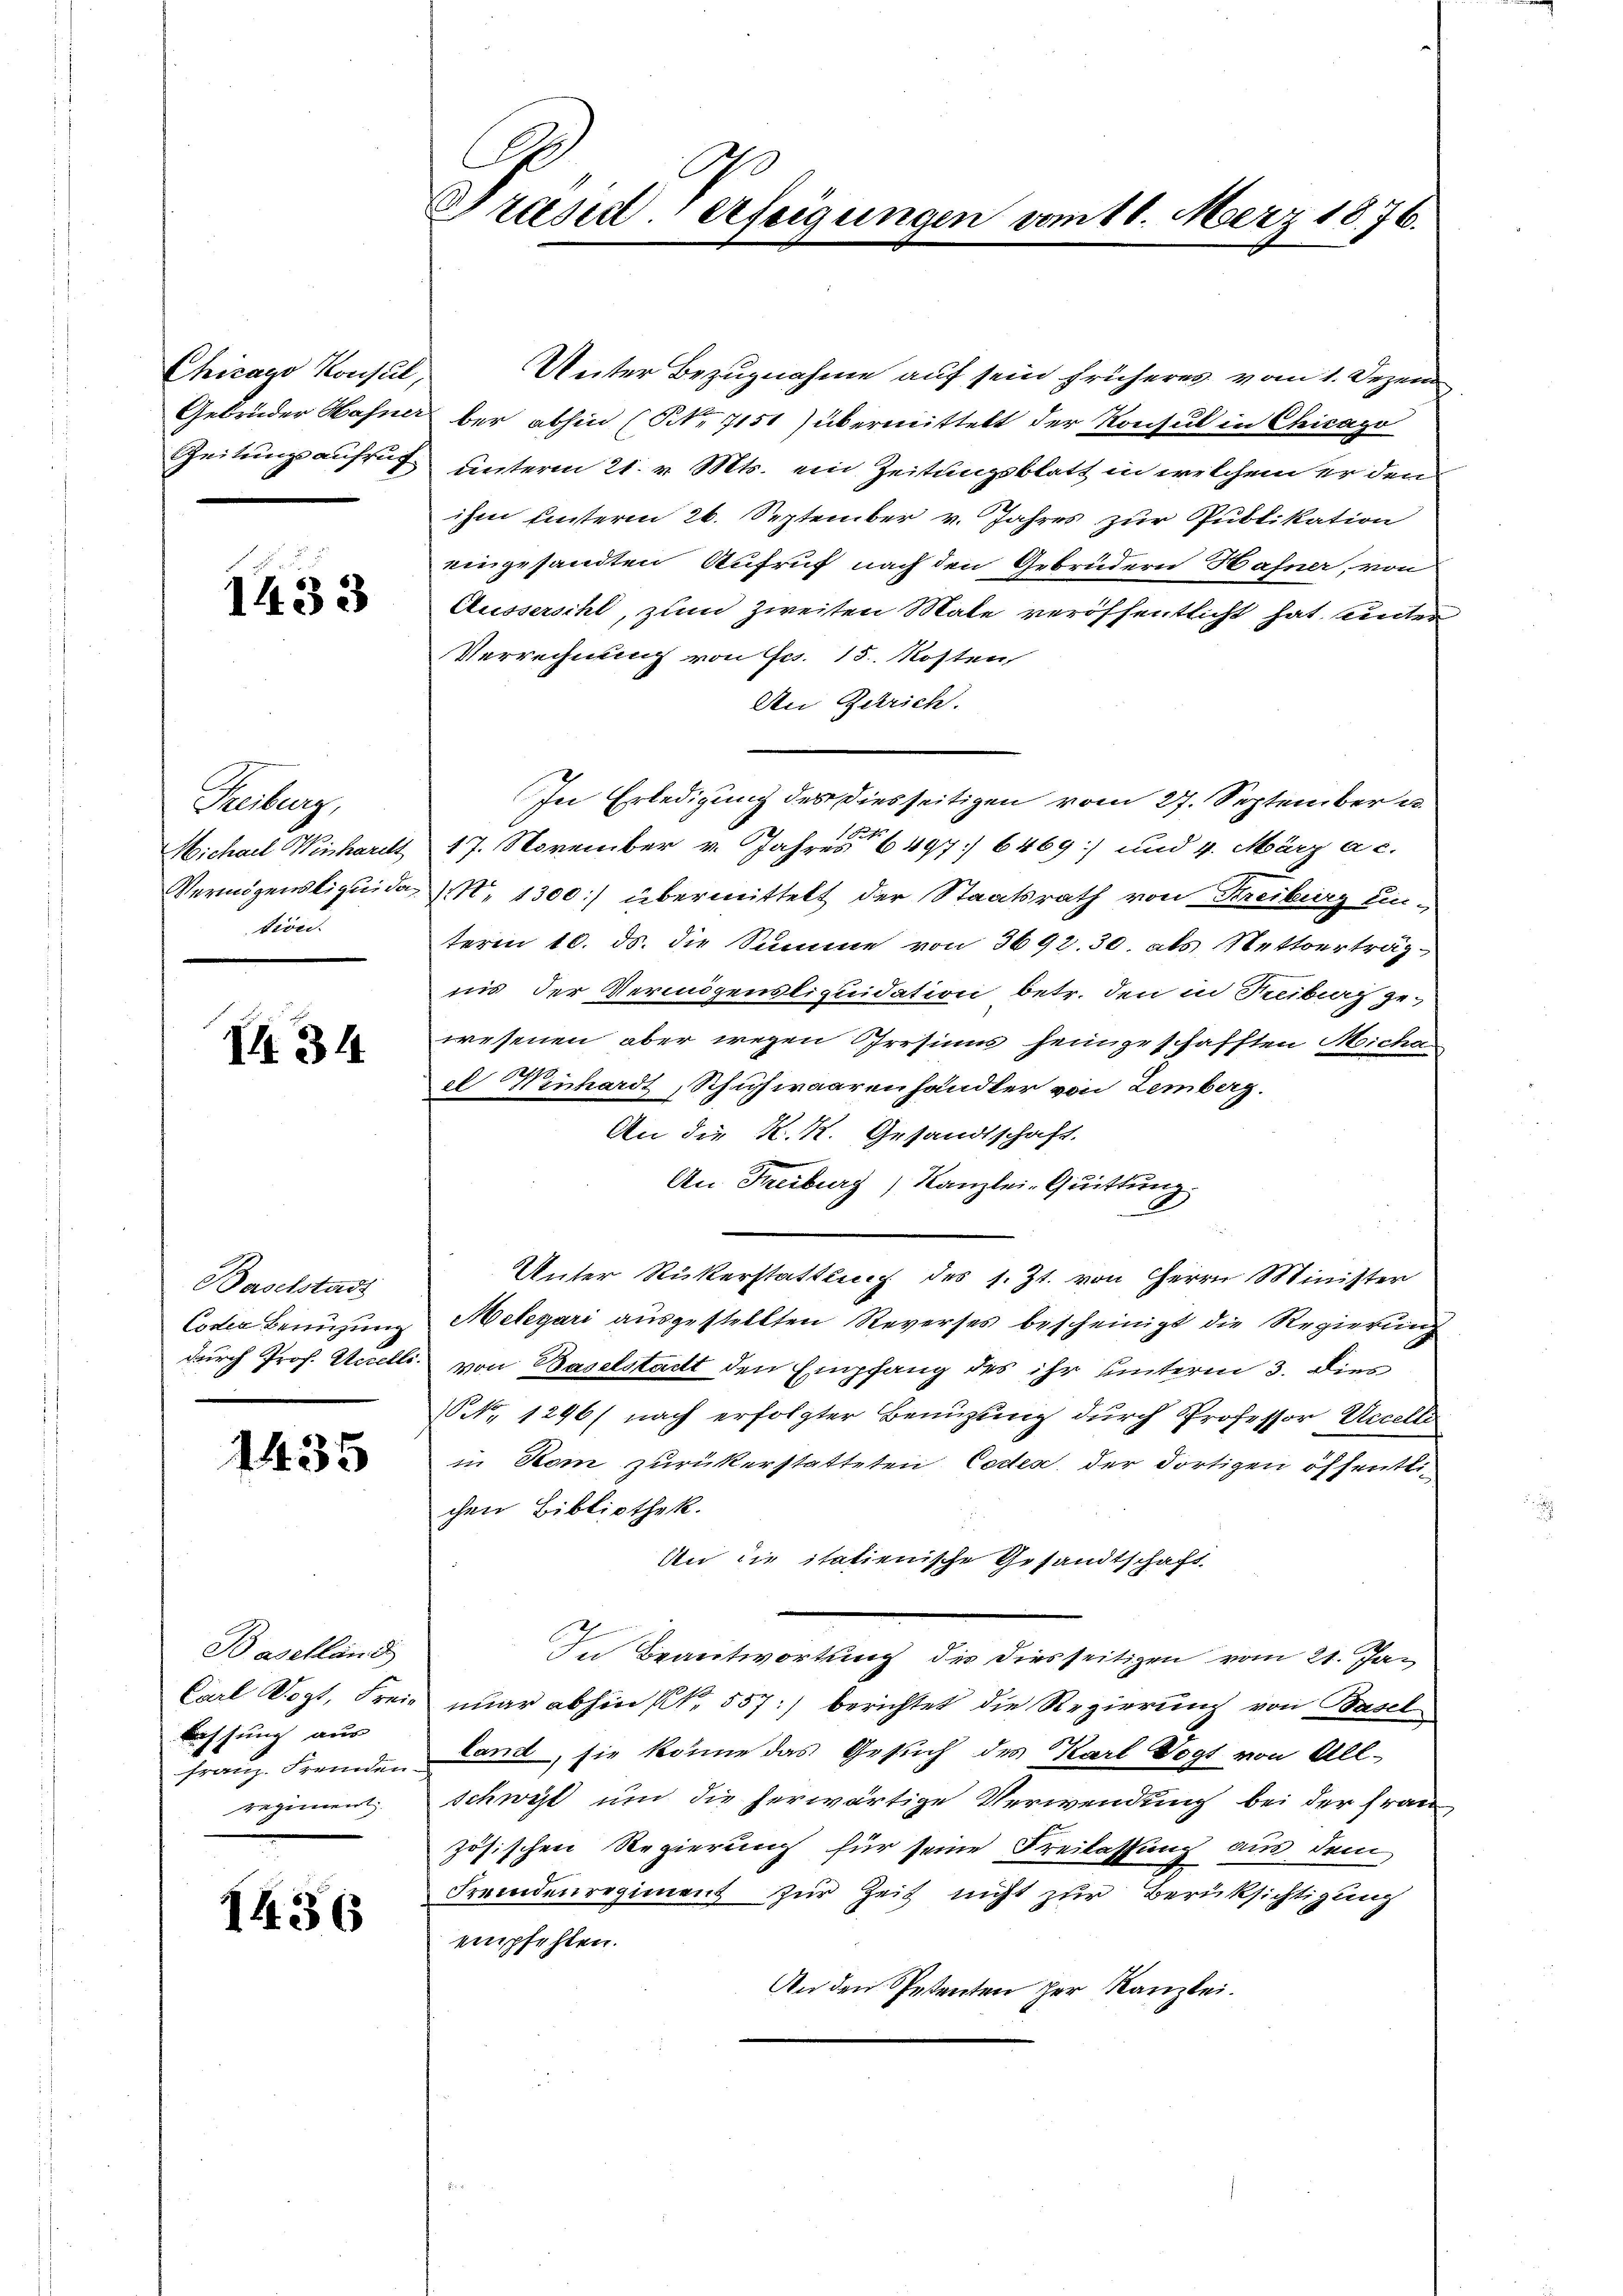
Chicago Konsul,
Zeitungsaufruf

1433

Haltung
Michael Weinhardt
Vermögensliquidation.

II 34

Baselstadt
Coder Benüzung

1435

Baselland
lessung aus
Regiment

1456

C
Gräsiderfeigungen

Unter Bezugnahme auf sein früheres vom 1. Dezem
Gebrüder Hafner bei abhin (No 7151) übermittelt der Konsul in Chicago
unterm 21. v. Mts. ein Zeitungsblatt in welchem er den
ihn unterm 26. September v. Jahres zur Publikation
eingesandten Aufruf nach den Gebrüdern Hafner, von
Äussersihl, zum zweiten Mate veröffentlicht hat, unter
Verrechnung von Frs. 15. Kosten,
An Zürich.
In Erledigung des diesseitigen vom 27. September e
17. November v. Jahres 16497. 6469) und 4. März a. c.
N. 1300) übermittelt der Staatsrath von Kreiburg einterm 10. ds. die Summe von 3692. 30. als Nettoerträg
nis der Vermögensliquidation betr. den in Treiberg ge-
wesenen aber wegen Orrsiums heimgeschafften Micha
el Winhardt, Schuhwaarenhändler von Lemberg.
An die K. K. Gesandtschaft.
An Freiburg, Kanzlei-Quittung
Unter Rükerstattung des s. Zt. von Herrn Minister
Melegari ausgestellten Reverses bescheinigt die Regierung
durch Prof. Accelli von Baselstadt den Empfang des ihr unterm 3. dies
N. 1296) nach erfolgter Benuzung durch Professor Uccelle
in Rom zurükerstatteten Codes, der dortigen öffentlic
chen Bibliothek.
An die itatienische Gesandtschaft
In Beantwortung des diesseitigen vom 21. Ja¬
Carl Vogt, Freie nuar abhin fl. 557) berichtet die Regierung von Basel
franz. Fremden Land, sie könne das Gesuch des Karl Vogt von All-
Schwyt um die herwärtige Verwendung bei der Fran
zösischen Regierung für seine Freilassung aus dem
Fremdenregiment zur Zeit nicht zur Berüksichtigung
empfehlen.
An den Petenten her Kanzlei.

am 18. März 1876.